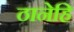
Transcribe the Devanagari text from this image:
ठानेहि